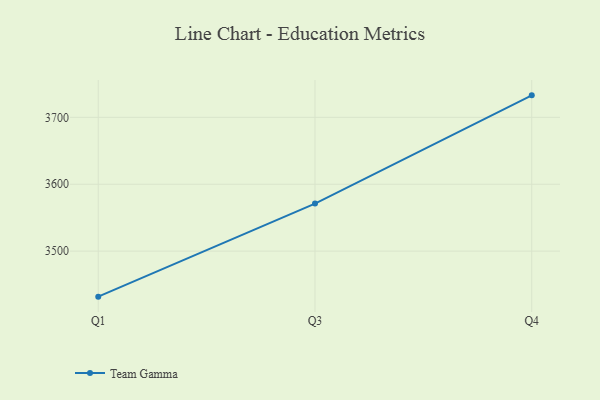
{"axis": {"x": "Quarter", "y": "Operating Costs (USD K)"}, "legend": ["Team Gamma"], "data": [{"x": "Q1", "y": 3431.9, "type": "Team Gamma"}, {"x": "Q3", "y": 3571.0, "type": "Team Gamma"}, {"x": "Q4", "y": 3732.9, "type": "Team Gamma"}]}